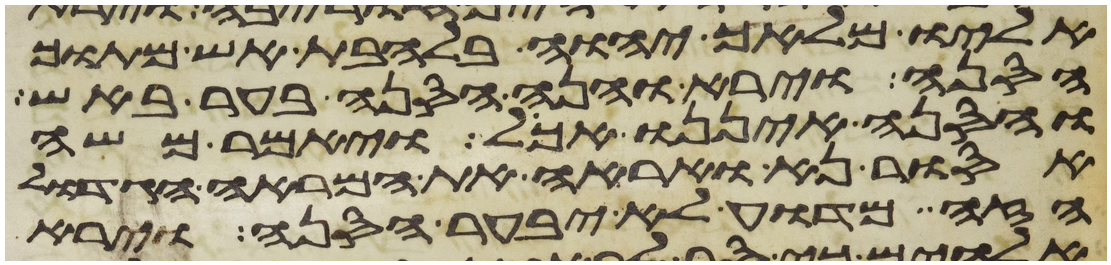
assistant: אליו מלאך יהוה בלהבת אש מתוך
הסנה וירא והנה הסנה בער באש
והסנה איננו אכל ויאמר משה
אסור נא ואראה את המראה הגדול
הזה מדוע לא יבער הסנה וירא